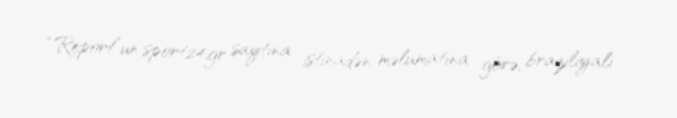
“Report”un sport24.gr saytına istinadən məlumatına görə, braziliyalı